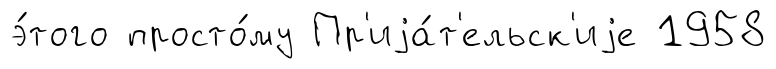
э́того просто́му Пр'иjа́т'ельск'иjе 1958